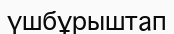
үшбұрыштап